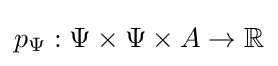
p_{\Psi }:\Psi \times \Psi \times A\to \mathbb {R}